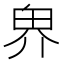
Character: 𪽐